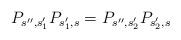
\begin{align*}P_{s'',s'_1} P_{s'_1,s} = P_{s'',s'_2} P_{s'_2,s}\end{align*}